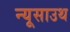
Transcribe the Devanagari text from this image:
न्यूसाउथ